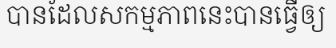
បានដែលសកម្មភាពនេះបានធ្វើឲ្យ